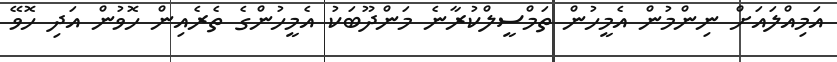
އަމިއްލައަށް ނިންމުން އެމީހުން ތަމްސީލްކުރާނެ މަންދޫބަކު އެމީހުންގެ ތެރެއިން ހޮވުން އަދި ހޮވޭ